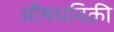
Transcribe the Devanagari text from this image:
औषधविक्री